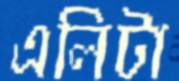
এলিটা